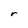
Character: r